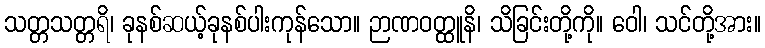
သတ္တသတ္တရိ၊ ခုနစ်ဆယ့်ခုနစ်ပါးကုန်သော။ ဉာဏဝတ္ထူနိ၊ သိခြင်းတို့ကို။ ဝေါ၊ သင်တို့အား။